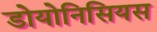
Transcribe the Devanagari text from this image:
डोयोनिसियस